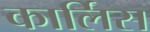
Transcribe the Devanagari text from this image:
कार्लिस